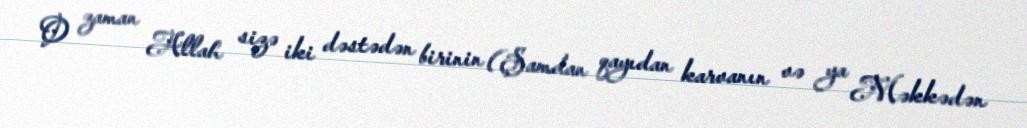
O zaman Allah sizə iki dəstədən birinin (Şamdan qayıdan karvanın və ya Məkkədən